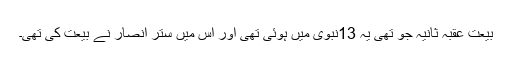
بیعت عَقبہ ثانیہ جو تھی یہ 13نبوی میں ہوئی تھی اور اس میں ستر انصار نے بیعت کی تھی۔